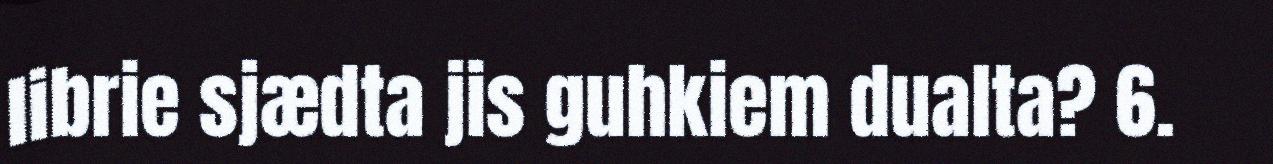
librie sjædta jis guhkiem dualta? 6.